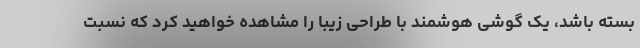
بسته باشد، یک گوشی هوشمند با طراحی زیبا را مشاهده خواهید کرد که نسبت